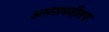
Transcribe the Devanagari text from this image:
अमरावतीतच